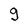
Character: g